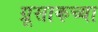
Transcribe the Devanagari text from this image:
ग्रूसाकच्या